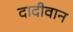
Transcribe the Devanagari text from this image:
दादीवान